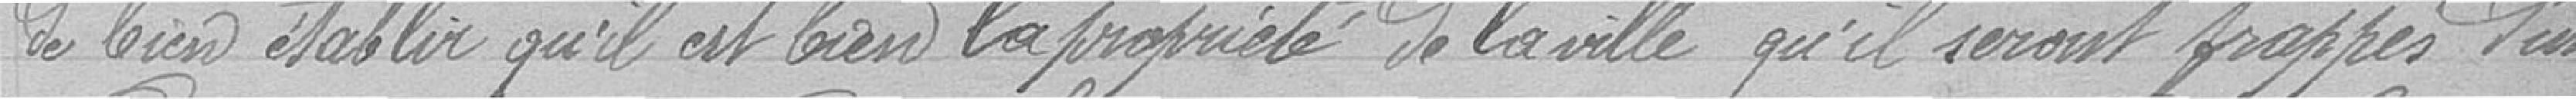
de bien établir qu'il est bien la propriété de la ville qu'ils seront frappés d'une